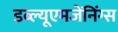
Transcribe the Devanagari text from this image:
डब्ल्यूएमजेंनिंग्स